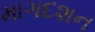
માગદશન